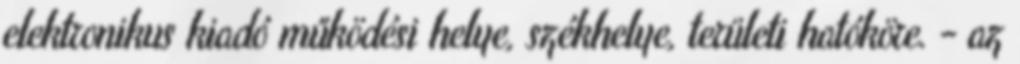
elektronikus kiadó működési helye, székhelye, területi hatóköre. - az